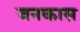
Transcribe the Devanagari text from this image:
जनकास